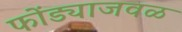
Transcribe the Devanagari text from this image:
फोंड्याजवळ